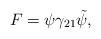
LaTeX: \begin{align*}F = \psi \gamma_{21} \tilde{\psi} ,\end{align*}